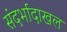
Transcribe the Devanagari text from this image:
संदर्भादाखल